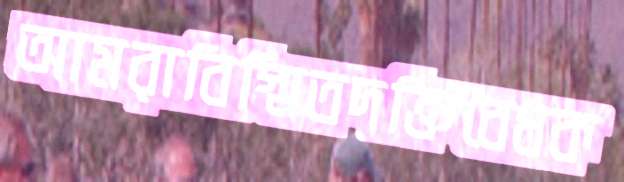
আমরাবিস্মিতদক্তিবেধক